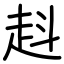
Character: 﨣